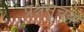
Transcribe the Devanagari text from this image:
प्रश्नसूचक